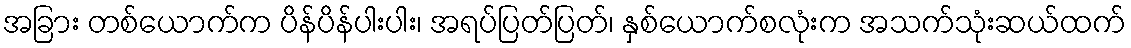
အခြား တစ်ယောက်က ပိန်ပိန်ပါးပါး၊ အရပ်ပြတ်ပြတ်၊ နှစ်ယောက်စလုံးက အသက်သုံးဆယ်ထက်